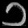
Digit: ၁